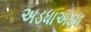
અડધાઅડધ